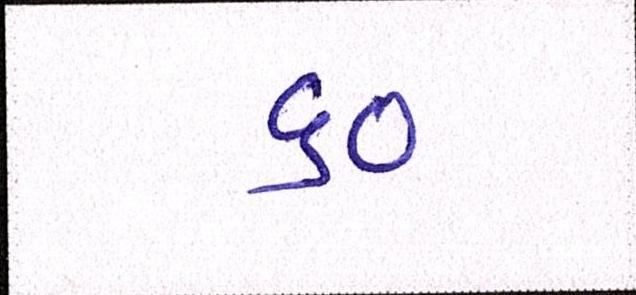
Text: ૬૦